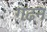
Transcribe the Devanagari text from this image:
गढ़न